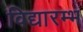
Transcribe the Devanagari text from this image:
विद्यारम्भ